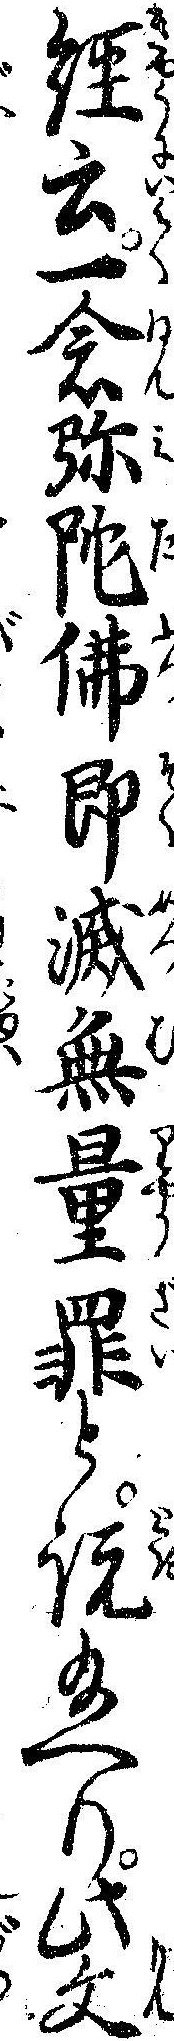
経云一念弥陀仏即滅無量罪と説給へり此文